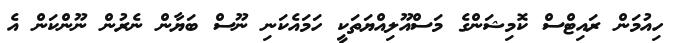
ހިއުމަން ރައިޓްސް ކޮމިޝަންގެ މަސްއޫލިއްޔަތަކީ ހަމައެކަނި ނޫސް ބަޔާން ނެރުން ނޫންކަން އެ